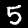
Label: 5